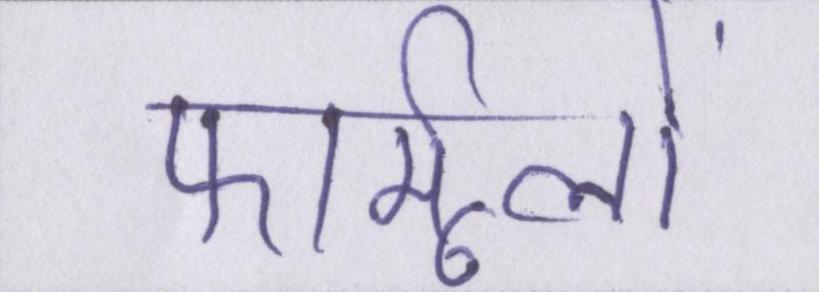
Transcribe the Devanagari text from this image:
फार्मूलों